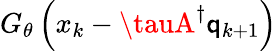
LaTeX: G_{\theta}\left(x_{k}-\tauA^{\dagger}\mathsf{q}_{k+1}\right)